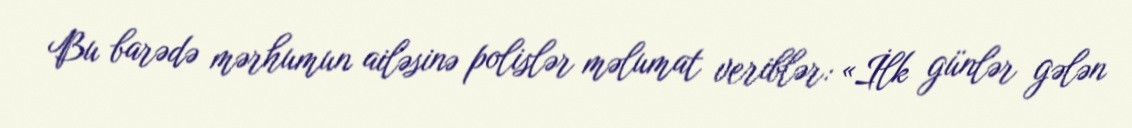
Bu barədə mərhumun ailəsinə polislər məlumat veriblər: «İlk günlər gələn